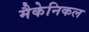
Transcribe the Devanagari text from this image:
मैकेनिकल